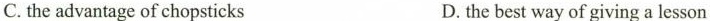
C. the advantage of chopsticks D. the best way of giving a lesson